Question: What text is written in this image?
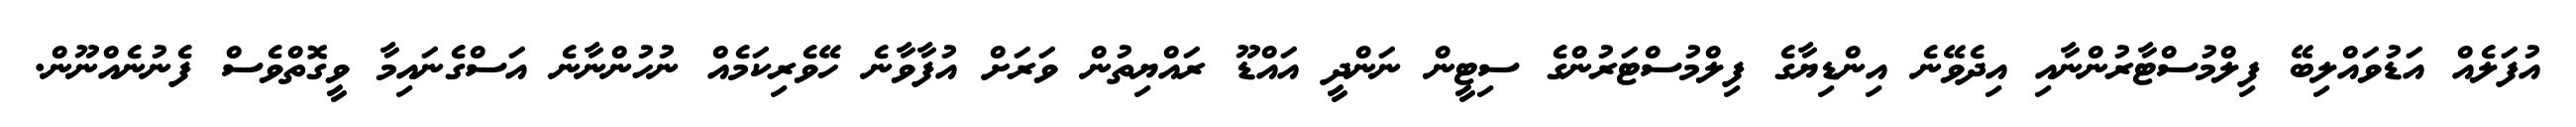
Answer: އުފަލެއް އަޑުވައްލިބޭ ފިލްމުސްޓާރުންނާއި އިދެވޭނެ އިންޑިޔާގެ ފިލްމުސްޓަރުންގެ ސިޓީން ނަންދީ އައްޑޫ ރައްޔިތުން ވަރަށް އުފާވާނެ ހޭވެރިކަމެއް ނުހުންނާނެ އަސްގެނައިމާ ވީގޮތްވެސް ފެނުނެއްނޫން.